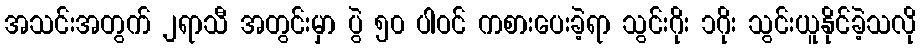
အသင်းအတွက် ၂ရာသီ အတွင်းမှာ ပွဲ ၅၀ ပါဝင် ကစားပေးခဲ့ရာ သွင်းဂိုး ၁ဂိုး သွင်းယူနိုင်ခဲ့သလို